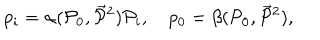
p _ { i } = \alpha ( { \cal P } _ { 0 } , \vec { { \cal P } } { } ^ { 2 } ) { \cal P } _ { i } , \quad p _ { 0 } = \beta ( { \cal P } _ { 0 } , \vec { { \cal P } } { } ^ { 2 } ) ,